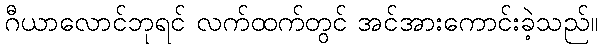
ဂီယာလောင်ဘုရင် လက်ထက်တွင် အင်အားကောင်းခဲ့သည်။